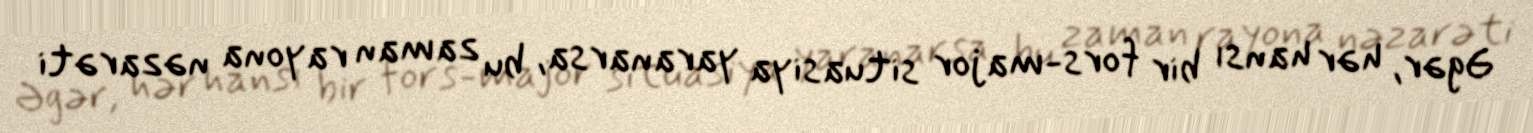
Əgər, hər hansı bir fors-major situasiya yaranarsa, bu zaman rayona nəzarəti